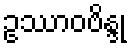
ဥဿာဝဗိန္ဒု